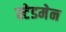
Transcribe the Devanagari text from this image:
स्टेडमेन